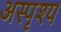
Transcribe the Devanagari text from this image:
अस्पृश्‍य